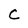
Character: C